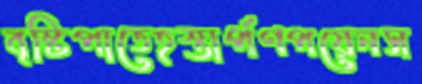
বৃষ্টিপাতেহস্তার্পণপয়েনস